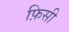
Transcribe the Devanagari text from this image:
फ़िसी